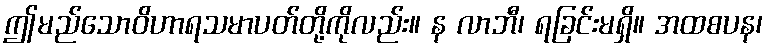
ဤမည်သောဝိဟာရသမာပတ်တို့ကိုလည်း။ န လာဘီ၊ ရခြင်းမရှိ။ အထစပန၊